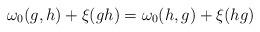
LaTeX: \begin{align*}\omega_0(g,h) + \xi(gh) = \omega_0(h,g) + \xi(hg)\end{align*}